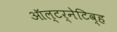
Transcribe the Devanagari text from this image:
ऑल्टर्नेटिव्ह